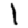
Digit: 1